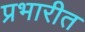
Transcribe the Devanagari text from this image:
प्रभारीत